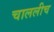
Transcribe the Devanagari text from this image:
चाललीच